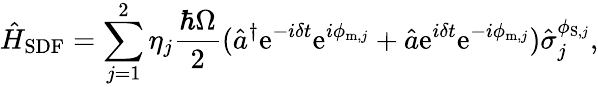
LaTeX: \hat{H}_{\mathrm{SDF}}=\sum_{j=1}^{2}\eta_{j}\frac{\hbar\Omega}{2}(\hat{a}^{\dagger}\mathrm{e}^{-i\delta t}\mathrm{e}^{i\phi_{\mathrm{m},j}}+\hat{a}\mathrm{e}^{i\delta t}\mathrm{e}^{-i\phi_{\mathrm{m},j}})\hat{\sigma}_{j}^{\phi_{\mathrm{S},j}},